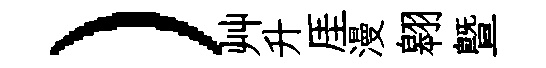
）艸升厓漫翱曁